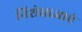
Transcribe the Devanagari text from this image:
निशेधाज्ञाएं